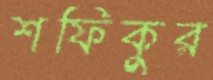
শফিকুর